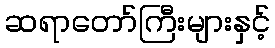
ဆရာတော်ကြီးများနှင့်